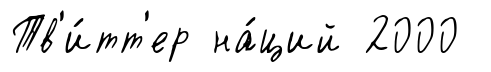
Тв'и́тт'ер на́ций 2000